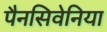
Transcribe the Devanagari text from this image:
पैनसिवेनिया